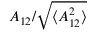
A _ { 1 2 } / \sqrt { \langle A _ { 1 2 } ^ { 2 } \rangle }